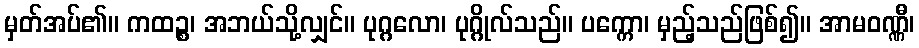
မှတ်အပ်၏။ ကထဉ္စ၊ အဘယ်သို့လျှင်။ ပုဂ္ဂလော၊ ပုဂ္ဂိုလ်သည်။ ပက္ကော၊ မှည့်သည်ဖြစ်၍။ အာမဝဏ္ဏီ၊